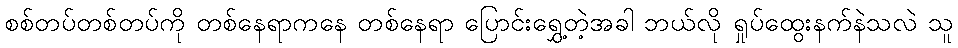
စစ်တပ်တစ်တပ်ကို တစ်နေရာကနေ တစ်နေရာ ပြောင်းရွှေ့တဲ့အခါ ဘယ်လို ရှုပ်ထွေးနက်နဲသလဲ သူ